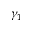
\gamma _ { 1 }